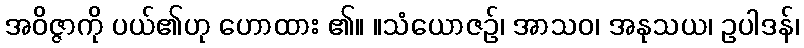
အဝိဇ္ဇာကို ပယ်၏ဟု ဟောထား ၏။ ။သံယောဇဉ်၊ အာသဝ၊ အနုသယ၊ ဥပါဒန်၊